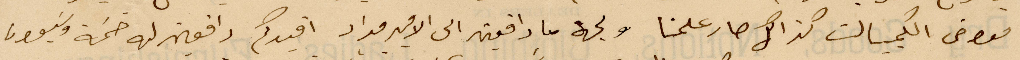
معوض الكمبيالت كذلك صار علمنا ولجهة ما دافعين الى الأمير مداد اقيدكم دافعين له خمسة وسبعون